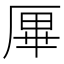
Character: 𠩿